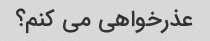
عذرخواهی می کنم؟